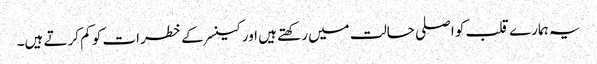
یہ ہمارے قلب کو اصلی حالت میں رکھتے ہیں اور کینسر کے خطرات کو کم کرتے ہیں۔